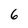
Character: 6